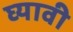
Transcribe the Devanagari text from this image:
घ्‍यावी